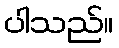
ပါသည်။